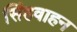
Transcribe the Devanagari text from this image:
सिंहवाहन